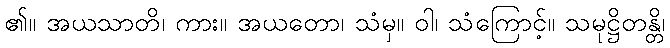
၏။ အယသာတိ၊ ကား။ အယတော၊ သံမှ။ ဝါ၊ သံကြောင့်။ သမုဋ္ဌိတန္တိ၊